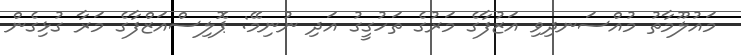
މައުލޫމާތު މުއްސަނދިވި އަޒުފާގެ މަރުގެ ތަހުގީގު އަދި ނުނިމޭ: ޕޮލިސްއަޒްފާގެ މަރާ ގުޅިގެން